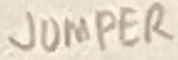
Text: JUMPER